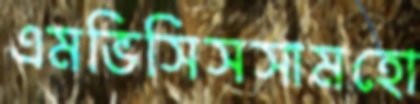
এমভিসিসসামহো